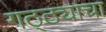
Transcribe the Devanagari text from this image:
गठ्ठ्याचा